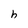
Character: h